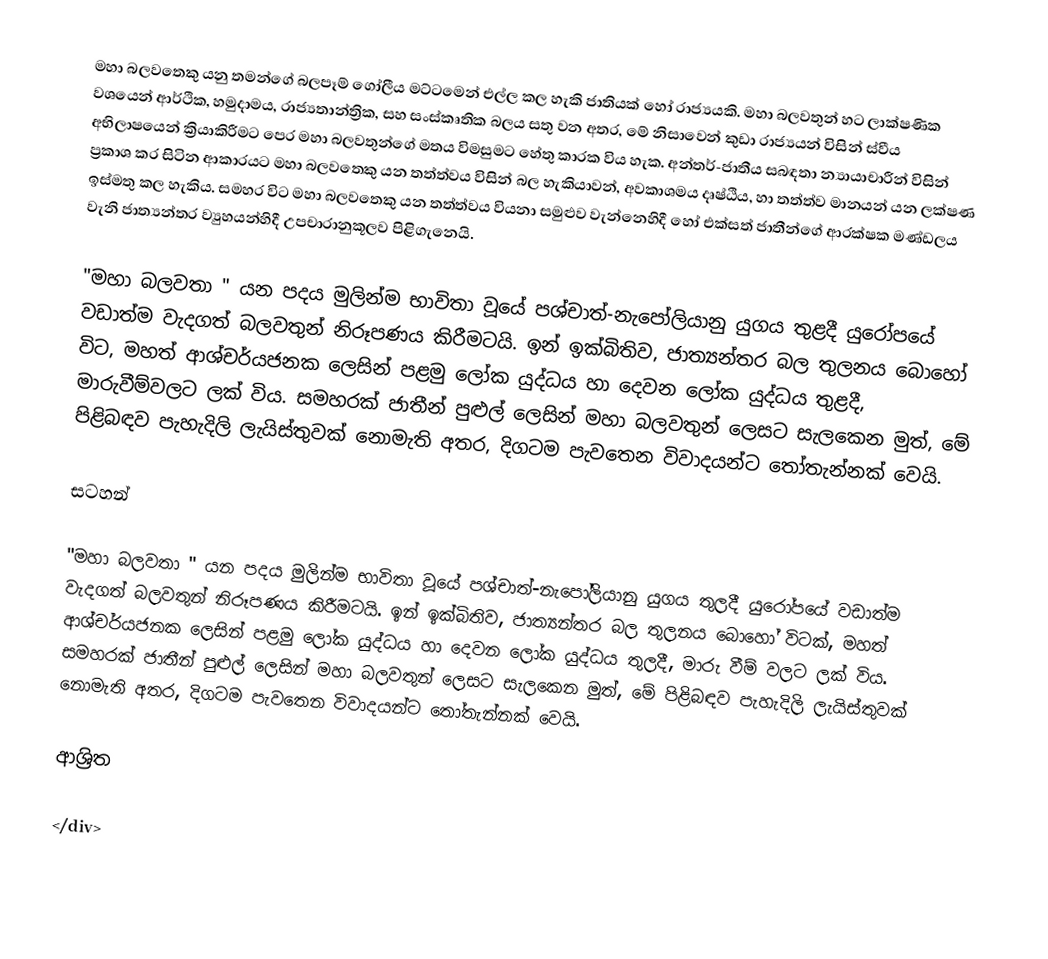
මහා බලවතෙකු යනු තමන්ගේ බලපෑම් ගෝලීය මට්ටමෙන් එල්ල කල හැකි ජාතියක් හෝ රාජ්‍යයකි. මහා බලවතුන් හට ලාක්ෂණික වශයෙන් ආර්ථික, හමුදාමය, රාජ්‍යතාන්ත්‍රික, සහ සංස්කෘතික බලය සතු වන අතර, මේ නිසාවෙන් කුඩා රාජ්‍යයන් විසින් ස්වීය අභිලාෂයෙන් ක්‍රියාකිරීමට පෙර මහා බලවතුන්ගේ මතය විමසුමට හේතු කාරක විය හැක. අන්තර්-ජාතීය සබඳතා න්‍යායාචාරීන් විසින් ප්‍රකාශ කර සිටින ආකාරයට මහා බලවතෙකු යන තත්ත්වය විසින් බල හැකියාවන්, අවකාශමය දෘෂ්ඨිය, හා තත්ත්ව මානයන් යන ලක්ෂණ ඉස්මතු කල හැකිය. සමහර විට මහා බලවතෙකු යන තත්ත්වය වියනා සමුළුව වැන්නෙහිදී  හෝ එක්සත් ජාතීන්ගේ ආරක්ෂක මණ්ඩලය වැනි ජාත්‍යන්තර ව්‍යුහයන්හිදී උපචාරානුකූලව පිළිගැනෙයි.

"මහා බලවතා " යන පදය මුලින්ම භාවිතා වූයේ පශ්චාත්-නැපෝලියානු යුගය තුළදී යුරෝපයේ වඩාත්ම වැදගත් බලවතුන් නිරූපණය කිරීමටයි. ඉන් ඉක්බිතිව, ජාත්‍යන්තර බල තුලනය බොහෝ විට, මහත් ආශ්චර්යජනක ලෙසින් පළමු ලෝක යුද්ධය හා දෙවන ලෝක යුද්ධය තුළදී, මාරුවීම්වලට ලක් විය. සමහරක් ජාතීන් පුළුල් ලෙසින් මහා බලවතුන් ලෙසට සැලකෙන මුත්, මේ පිළිබඳව පැහැදිලි ලැයිස්තුවක් නොමැති අතර, දිගටම පැවතෙන විවාදයන්ට තෝතැන්නක් වෙයි.

සටහන්

"මහා බලවතා " යන පදය මුලින්ම භාවිතා වූයේ  පශ්චාත්-නැපෝලියානු යුගය තුලදී යුරෝපයේ වඩාත්ම වැදගත් බලවතුන් නිරූපණය කිරීමටයි. ඉන් ඉක්බිතිව, ජාත්‍යන්තර බල තුලනය බොහෝ විටක්,  මහත් ආශ්චර්යජනක ලෙසින් පළමු ලෝක යුද්ධය හා දෙවන ලෝක යුද්ධය තුලදී, මාරු වීම් වලට ලක් විය. සමහරක් ජාතීන් පුළුල් ලෙසින් මහා බලවතුන් ලෙසට සැලකෙන මුත්, මේ පිළිබඳව පැහැදිලි ලැයිස්තුවක් නොමැති අතර, දිගටම පැවතෙන විවාදයන්ට තෝතැන්නක් වෙයි.

ආශ්‍රිත

</div>